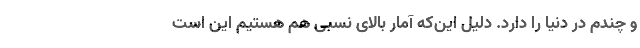
و چندم در دنیا را دارد. دلیل این‌که آمار بالای نسبی هم هستیم این است